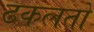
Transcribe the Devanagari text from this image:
ढकलतो